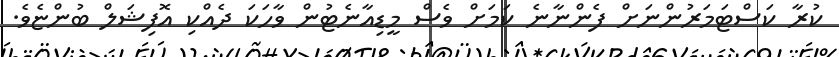
ކުރާ ކަސްޓަމަރުންނަށް ފެންނާނެ ކަމަށް ވެސް މީޑިއާނެޓުން ވާހަކަ ދެއްކި އޮފިޝަލް ބުންޏެވެ.